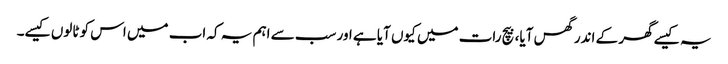
یہ کیسے گھر کے اندر گھس آیا، بیچ رات میں کیوں آیا ہے اور سب سے اہم یہ کہ اب میں اس کو ٹالوں کیسے۔